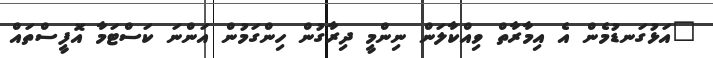
"އަޅުގަނޑުމެން އެ އިމާރާތް ވިއްކާލަން ނިންމީ ދިރާގުން ހިންގަމުން އަންނަ ކަސްޓަމާ އޮފީސްތައް